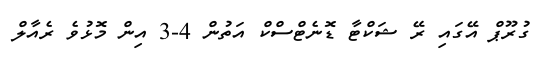
ގުރޫޕް އޭގައި ރޭ ޝަކްޓާ ޑޮނެޓްސްކް އަތުން 4-3 އިން މޮޅުވެ ރެއާލް